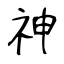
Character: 神